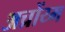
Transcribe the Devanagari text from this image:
अच्रोंय्म